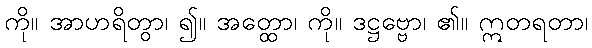
ကို။ အာဟရိတွာ၊ ၍။ အတ္ထော၊ ကို။ ဒဋ္ဌဗ္ဗော၊ ၏။ ဣတရတာ၊